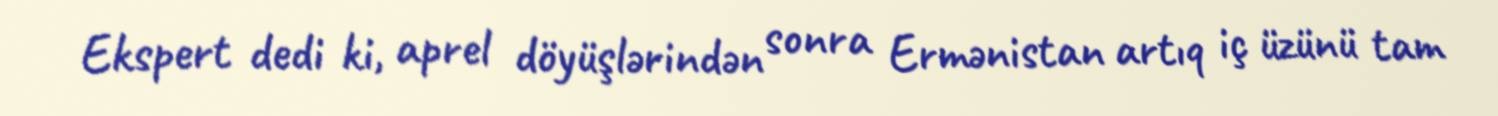
Ekspert dedi ki, aprel döyüşlərindən sonra Ermənistan artıq iç üzünü tam